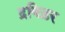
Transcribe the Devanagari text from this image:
द्रविड़र